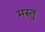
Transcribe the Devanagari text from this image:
मस्तु